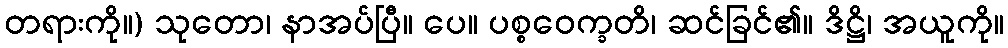
တရားကို။) သုတော၊ နာအပ်ပြီ။ ပေ။ ပစ္စဝေက္ခတိ၊ ဆင်ခြင်၏။ ဒိဋ္ဌိ၊ အယူကို။